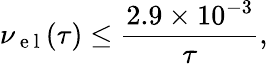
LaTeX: \nu_{\mathrm{~e~l~}}(\tau)\leq\frac{2.9\times 10^{-3}}{\tau},